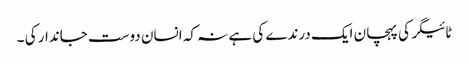
ٹائیگر کی پہچان ایک درندے کی ہے نہ کہ انسان دوست جاندار کی ۔